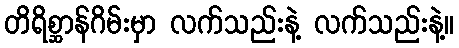
တိရိစ္ဆာန်ဂိမ်းမှာ လက်သည်းနဲ့ လက်သည်းနဲ့။